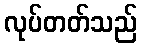
လုပ်တတ်သည်